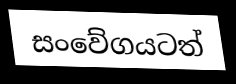
සංවේගයටත්